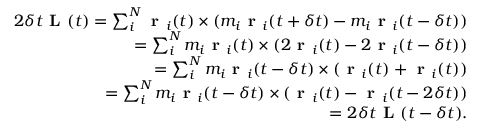
\begin{array} { r } { 2 \delta t \textbf { L } ( t ) = \sum _ { i } ^ { N } \textbf { r } _ { i } ( t ) \times ( m _ { i } \textbf { r } _ { i } ( t + \delta t ) - m _ { i } \textbf { r } _ { i } ( t - \delta t ) ) } \\ { = \sum _ { i } ^ { N } m _ { i } \textbf { r } _ { i } ( t ) \times ( 2 \textbf { r } _ { i } ( t ) - 2 \textbf { r } _ { i } ( t - \delta t ) ) } \\ { = \sum _ { i } ^ { N } m _ { i } \textbf { r } _ { i } ( t - \delta t ) \times ( \textbf { r } _ { i } ( t ) + \textbf { r } _ { i } ( t ) ) } \\ { = \sum _ { i } ^ { N } m _ { i } \textbf { r } _ { i } ( t - \delta t ) \times ( \textbf { r } _ { i } ( t ) - \textbf { r } _ { i } ( t - 2 \delta t ) ) } \\ { = 2 \delta t \textbf { L } ( t - \delta t ) . } \end{array}